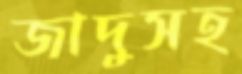
জাদুসহ